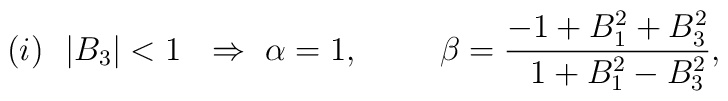
(i) \ \ |B_3|<1 \ \ \Rightarrow \      \alpha = 1, \hspace{1cm}      \beta  = \frac{-1 + B_1^2 + B_3^2}{\ \ 1 + B_1^2 - B_3^2},